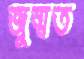
জুম্মত